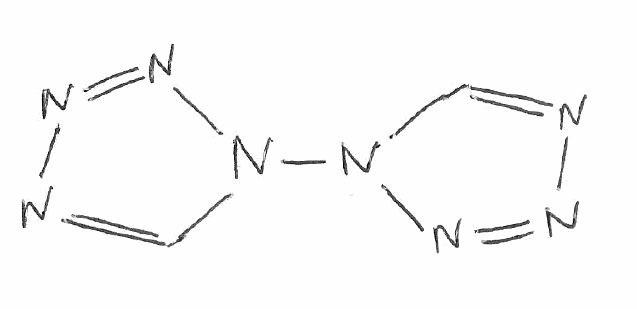
Simplified molecular-input line-entry system (SMILES) notation of the given molecule:
C1=NN=NN1N2C=NN=N2